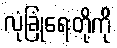
လုံခြုံရေးတို့ကို